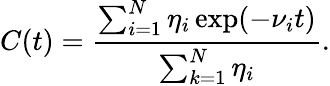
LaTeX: C(t)=\frac{\sum_{i=1}^{N}\eta_{i}\exp(-\nu_{i}t)}{\sum_{k=1}^{N}\eta_{i}}.